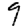
Digit: 9